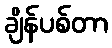
ချိန်ပစ်တာ